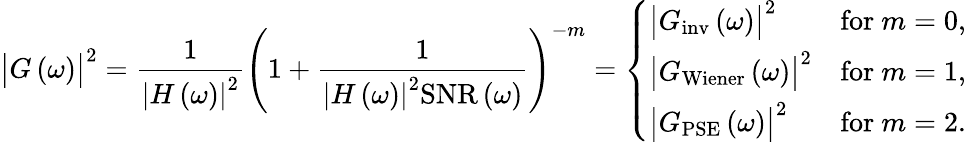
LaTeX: \bigl|G\left(\omega\right)\bigr|^{2}=\frac{1}{\left|H\left(\omega\right)\right|^{2}}\left(1+\frac{1}{\left|H\left(\omega\right)\right|^{2}\mathrm{SNR}\left(\omega\right)}\right)^{-m}=\left\{ \begin{array}{ll}{\bigl|G_{\mathrm{inv}}\left(\omega\right)\bigr|^{2}}&{\mathrm{for~}m=0,}\\ {\bigl|G_{\mathrm{Wiener}}\left(\omega\right)\bigr|^{2}}&{\mathrm{for~}m=1,}\\ {\bigl|G_{\mathrm{PSE}}\left(\omega\right)\bigr|^{2}}&{\mathrm{for~}m=2.}\end{array}\right.